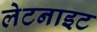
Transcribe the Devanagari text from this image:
लेटनाइट